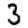
Digit: 3